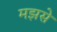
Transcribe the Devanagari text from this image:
मझसे